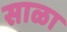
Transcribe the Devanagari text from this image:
साळा